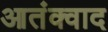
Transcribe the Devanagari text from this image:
आतंक्वाद